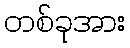
တစ်ခုအား